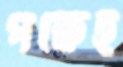
পক্ষেই